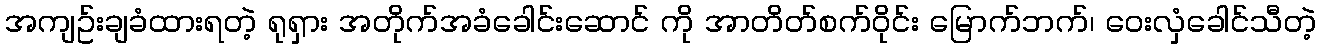
အကျဥ်းချခံထားရတဲ့ ရုရှား အတိုက်အခံခေါင်းဆောင် ကို အာတိတ်စက်ဝိုင်း မြောက်ဘက်၊ ဝေးလှံခေါင်သီတဲ့